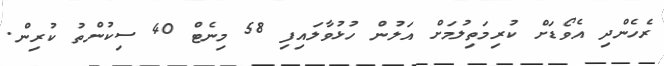
ރެހެންދި އެވޯޑަށް ކުރިމަތިލުމަށް އަލުން ހުޅުވާލައިފި 58 މިނެޓް 40 ސިކުންތު ކުރިން.